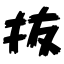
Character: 抜